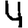
Digit: 4